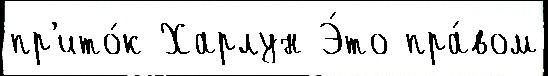
пр'ито́к Харлун Э́то пра́вом